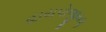
હાયપોજીયમૢ